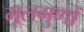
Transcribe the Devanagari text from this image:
मूलगुणों